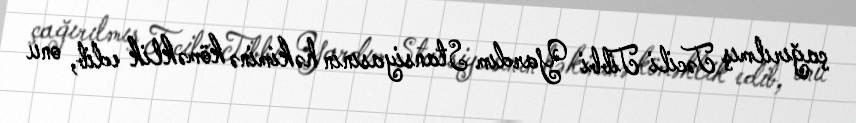
çağırılmış Təcili Tibbi Yardım Stansiyasının həkiminə köməklik edib, onu